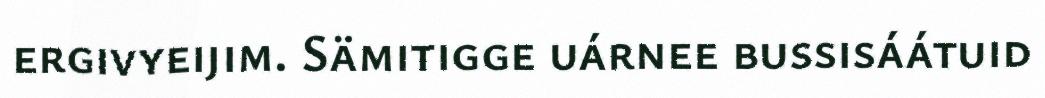
ergivyeijim. Sämitigge uárnee bussisáátuid